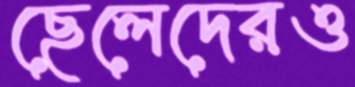
ছেলেদেরও